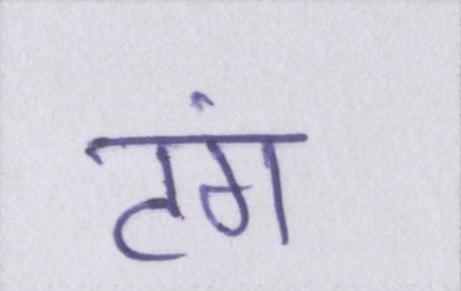
टंग